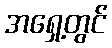
အရှေ့တွင်